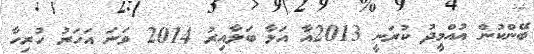
ބޭންކުން އުއްމީދު ކުރަނީ 2013އާ އަޅާ ބަލާއިރު 2014 ވަނަ އަހަރު ހުރިހާ